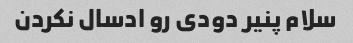
سلام پنیر دودی رو ادسال نکردن